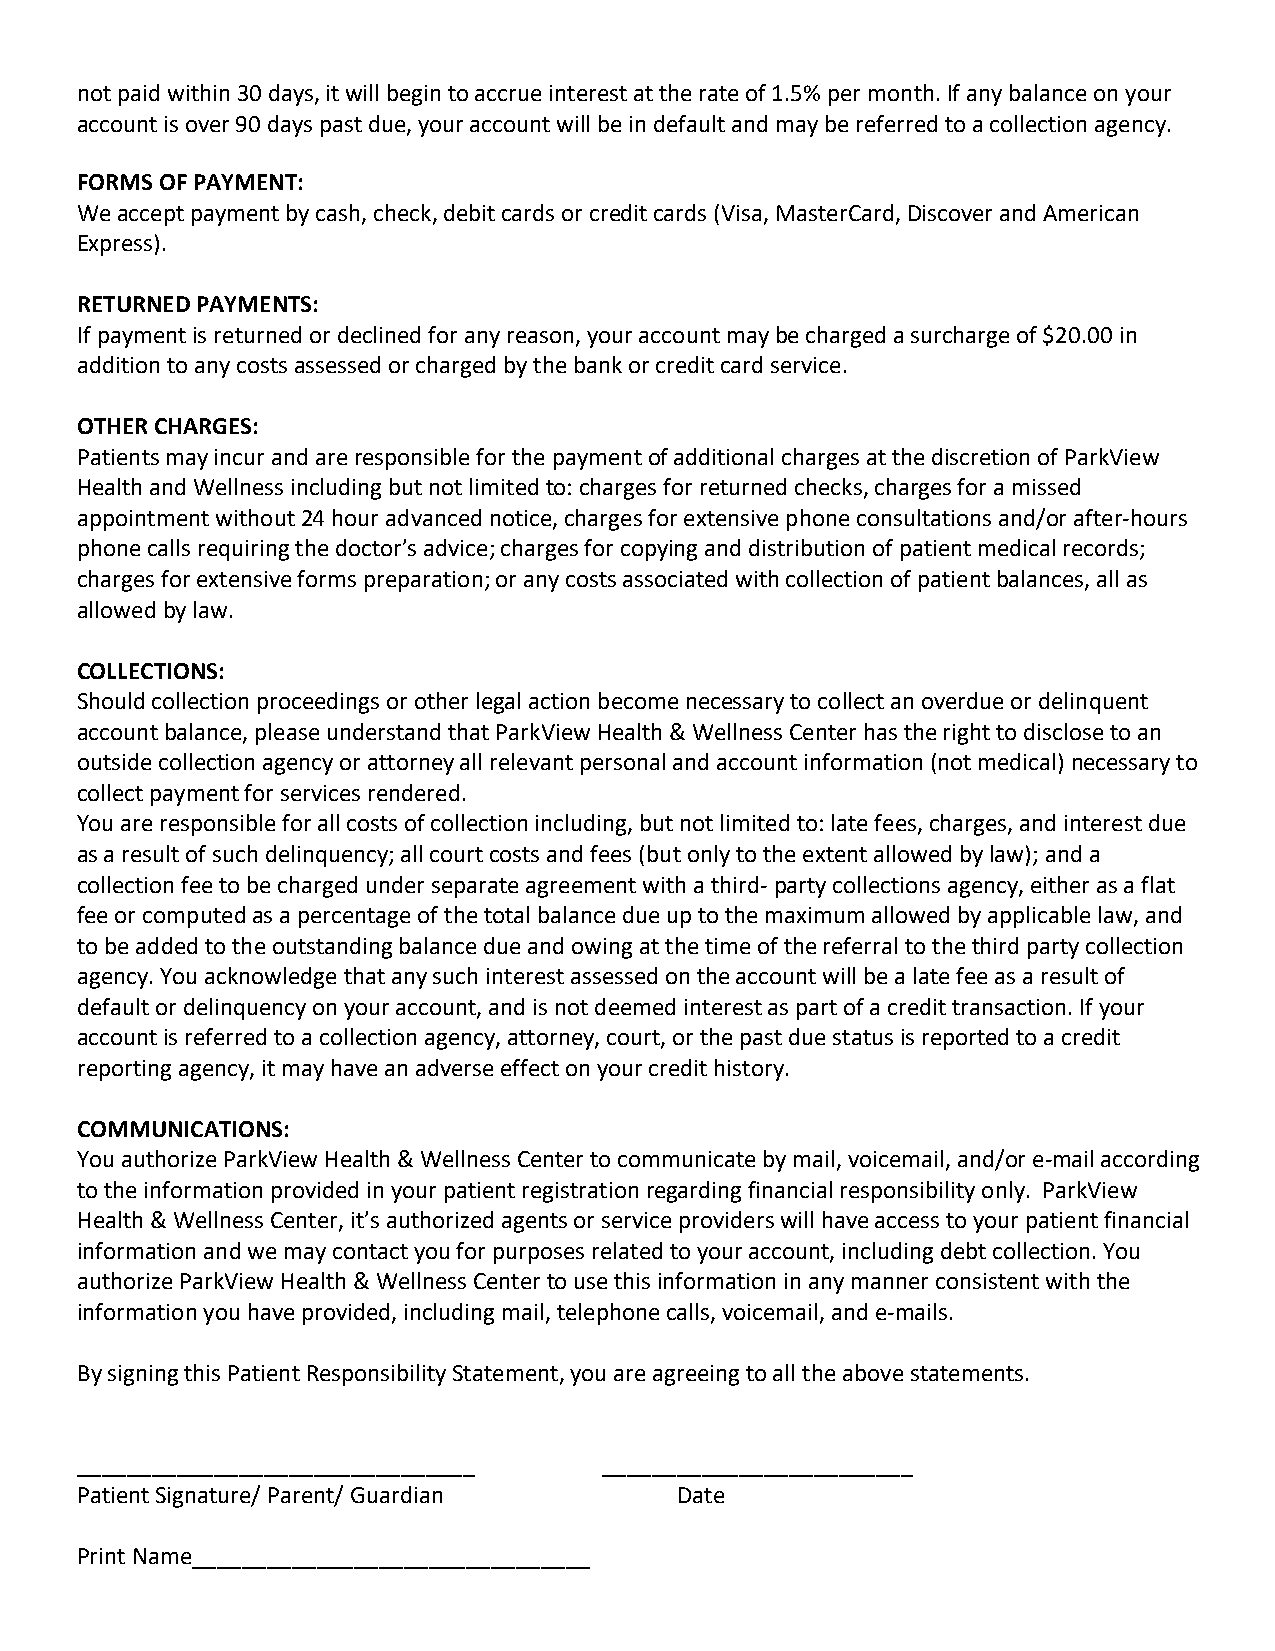
not paid within 30 days, it will begin to accrue interest at the rate of 1.5% per month. If any balance on your
 account is over 90 days past due, your account will be in default and may be referred to a collection agency.
 FORMS OF PAYMENT:
 We accept payment by cash, check, debit cards or credit cards (Visa, MasterCard, Discover and American
 Express).
 RETURNED PAYMENTS:
 If payment is returned or declined for any reason, your account may be charged a surcharge of $20.00 in
 addition to any costs assessed or charged by the bank or credit card service.
 OTHER CHARGES:
 Patients may incur and are responsible for the payment of additional charges at the discretion of ParkView
 Health and Wellness including but not limited to: charges for returned checks, charges for a missed
 appointment without 24 hour advanced notice, charges for extensive phone consultations and/or after-hours
 phone calls requiring the doctor’s advice; charges for copying and distribution of patient medical records;
 charges for extensive forms preparation; or any costs associated with collection of patient balances, all as
 allowed by law.
 COLLECTIONS:
 Should collection proceedings or other legal action become necessary to collect an overdue or delinquent
 account balance, please understand that ParkView Health & Wellness Center has the right to disclose to an
 outside collection agency or attorney all relevant personal and account information (not medical) necessary to
 collect payment for services rendered.
 You are responsible for all costs of collection including, but not limited to: late fees, charges, and interest due
 as a result of such delinquency; all court costs and fees (but only to the extent allowed by law); and a
 collection fee to be charged under separate agreement with a third- party collections agency, either as a flat
 fee or computed as a percentage of the total balance due up to the maximum allowed by applicable law, and
 to be added to the outstanding balance due and owing at the time of the referral to the third party collection
 agency. You acknowledge that any such interest assessed on the account will be a late fee as a result of
 default or delinquency on your account, and is not deemed interest as part of a credit transaction. If your
 account is referred to a collection agency, attorney, court, or the past due status is reported to a credit
 reporting agency, it may have an adverse effect on your credit history.
 COMMUNICATIONS:
 You authorize ParkView Health & Wellness Center to communicate by mail, voicemail, and/or e-mail according
 to the information provided in your patient registration regarding financial responsibility only. ParkView
 Health & Wellness Center, it’s authorized agents or service providers will have access to your patient financial
 information and we may contact you for purposes related to your account, including debt collection. You
 authorize ParkView Health & Wellness Center to use this information in any manner consistent with the
 information you have provided, including mail, telephone calls, voicemail, and e-mails.
 By signing this Patient Responsibility Statement, you are agreeing to all the above statements.
 ________________________________   _________________________
 Patient Signature/ Parent/ Guardian     Date
 Print Name________________________________